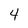
Character: 4